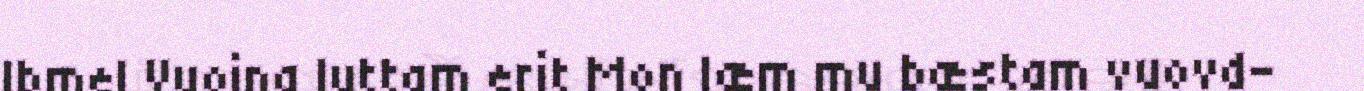
Ibmel Vuoina luttam erit Mon læm mu bæstam vuovd-